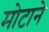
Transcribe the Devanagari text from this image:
मोटाने